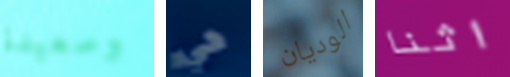
وسعيدة هي الوديان اثنا